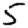
Digit: 5